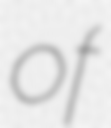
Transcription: of